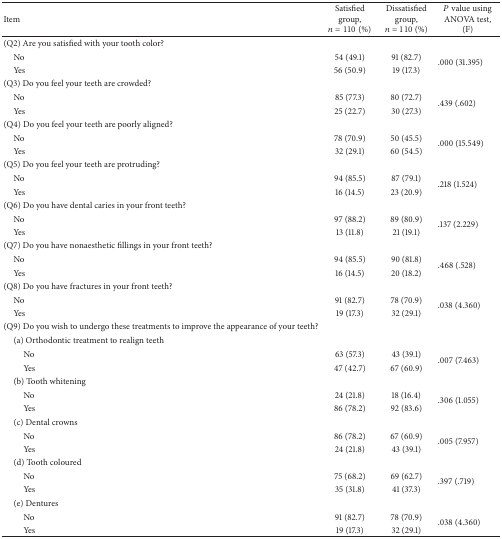
<table><thead><tr><td><b>Item</b></td><td><b>Satisfied group,<i>n</i> = 110 (%)</b></td><td><b>Dissatisfied group, <i>n</i> = 110 (%)</b></td><td><b><i>P</i> value using ANOVA test, (F)</b></td></tr></thead><tbody><tr><td>(Q2) Are you satisfied with your tooth color?</td><td> </td><td> </td><td> </td></tr><tr><td> No</td><td>54 (49.1) </td><td>91 (82.7)</td><td rowspan="2">.000 (31.395)</td></tr><tr><td> Yes</td><td>56 (50.9)</td><td>19 (17.3)</td></tr><tr><td>(Q3) Do you feel your teeth are crowded? </td><td> </td><td> </td><td> </td></tr><tr><td> No</td><td>85 (77.3) </td><td>80 (72.7) </td><td rowspan="2">.439 (.602)</td></tr><tr><td> Yes</td><td>25 (22.7)</td><td>30 (27.3)</td></tr><tr><td>(Q4) Do you feel your teeth are poorly aligned? </td><td> </td><td> </td><td> </td></tr><tr><td> No</td><td>78 (70.9) </td><td>50 (45.5) </td><td rowspan="2">.000 (15.549)</td></tr><tr><td> Yes</td><td>32 (29.1)</td><td>60 (54.5)</td></tr><tr><td>(Q5) Do you feel your teeth are protruding? </td><td> </td><td> </td><td> </td></tr><tr><td> No</td><td>94 (85.5) </td><td>87 (79.1) </td><td rowspan="2">.218 (1.524)</td></tr><tr><td> Yes</td><td>16 (14.5)</td><td>23 (20.9)</td></tr><tr><td>(Q6) Do you have dental caries in your front teeth?</td><td> </td><td> </td><td> </td></tr><tr><td> No</td><td>97 (88.2) </td><td>89 (80.9) </td><td rowspan="2">.137 (2.229)</td></tr><tr><td> Yes</td><td>13 (11.8)</td><td>21 (19.1)</td></tr><tr><td>(Q7) Do you have nonaesthetic fillings in your front teeth? </td><td> </td><td> </td><td> </td></tr><tr><td> No</td><td>94 (85.5) </td><td>90 (81.8) </td><td rowspan="2">.468 (.528)</td></tr><tr><td> Yes</td><td>16 (14.5)</td><td>20 (18.2)</td></tr><tr><td>(Q8) Do you have fractures in your front teeth? </td><td> </td><td> </td><td> </td></tr><tr><td> No</td><td>91 (82.7) </td><td>78 (70.9) </td><td rowspan="2">.038 (4.360)</td></tr><tr><td> Yes</td><td>19 (17.3)</td><td>32 (29.1)</td></tr><tr><td>(Q9) Do you wish to undergo these treatments to improve the appearance of your teeth?</td><td> </td><td> </td><td> </td></tr><tr><td> (a) Orthodontic treatment to realign teeth</td><td> </td><td> </td><td> </td></tr><tr><td>No</td><td>63 (57.3)</td><td>43 (39.1)</td><td rowspan="2">.007 (7.463)</td></tr><tr><td>Yes</td><td>47 (42.7)</td><td>67 (60.9)</td></tr><tr><td> (b) Tooth whitening</td><td> </td><td> </td><td> </td></tr><tr><td>No</td><td>24 (21.8)</td><td>18 (16.4)</td><td rowspan="2">.306 (1.055)</td></tr><tr><td>Yes</td><td>86 (78.2)</td><td>92 (83.6)</td></tr><tr><td> (c) Dental crowns</td><td> </td><td> </td><td> </td></tr><tr><td>No</td><td>86 (78.2)</td><td>67 (60.9)</td><td rowspan="2">.005 (7.957)</td></tr><tr><td>Yes</td><td>24 (21.8)</td><td>43 (39.1)</td></tr><tr><td> (d) Tooth coloured</td><td> </td><td> </td><td> </td></tr><tr><td>No</td><td>75 (68.2)</td><td>69 (62.7)</td><td rowspan="2">.397 (.719)</td></tr><tr><td>Yes</td><td>35 (31.8)</td><td>41 (37.3)</td></tr><tr><td> (e) Dentures</td><td> </td><td> </td><td> </td></tr><tr><td>No</td><td>91 (82.7)</td><td>78 (70.9)</td><td rowspan="2">.038 (4.360)</td></tr><tr><td>Yes</td><td>19 (17.3)</td><td>32 (29.1)</td></tr></tbody></table>